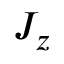
J _ { z }